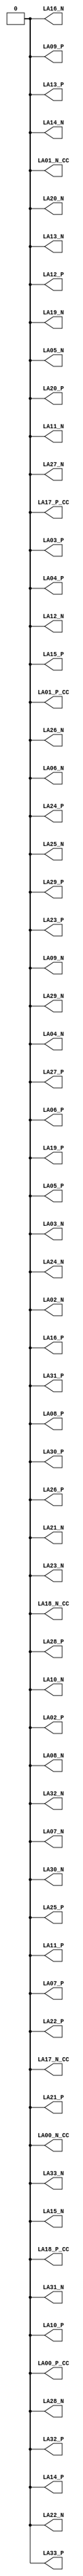
module fmc_lpc (output LA00_N_CC,output LA00_P_CC,output LA01_N_CC,output LA01_P_CC,output LA02_N,output LA02_P,output LA03_N,output LA03_P,output LA04_N,output LA04_P,output LA05_N,output LA05_P,output LA06_N,output LA06_P,output LA07_N,output LA07_P,output LA08_N,output LA08_P,output LA09_N,output LA09_P,output LA10_N,output LA10_P,output LA11_N,output LA11_P,output LA12_N,output LA12_P,output LA13_N,output LA13_P,output LA14_N,output LA14_P,output LA15_N,output LA15_P,output LA16_N,output LA16_P,output LA17_N_CC,output LA17_P_CC,output LA18_N_CC,output LA18_P_CC,output LA19_N,output LA19_P,output LA20_N,output LA20_P,output LA21_N,output LA21_P,output LA22_N,output LA22_P,output LA23_N,output LA23_P,output LA24_N,output LA24_P,output LA25_N,output LA25_P,output LA26_N,output LA26_P,output LA27_N,output LA27_P,output LA28_N,output LA28_P,output LA29_N,output LA29_P,output LA30_N,output LA30_P,output LA31_N,output LA31_P,output LA32_N,output LA32_P,output LA33_N,output LA33_P);
// pin LA00_N_CC is   IO_L13N_T2_MRCC_13 bank  13 bus_bmb7_J106[29]        P21
// pin LA00_P_CC is   IO_L13P_T2_MRCC_13 bank  13 bus_bmb7_J106[50]        R21
// pin LA01_N_CC is   IO_L12N_T1_MRCC_13 bank  13 bus_bmb7_J106[58]        N22
// pin LA01_P_CC is   IO_L12P_T1_MRCC_13 bank  13 bus_bmb7_J106[30]        N21
// pin LA02_N is    IO_L6N_T0_VREF_13 bank  13 bus_bmb7_J106[67]        P25
// pin LA02_P is         IO_L6P_T0_13 bank  13 bus_bmb7_J106[21]        R25
// pin LA03_N is         IO_L2N_T0_13 bank  13 bus_bmb7_J106[31]        P26
// pin LA03_P is         IO_L2P_T0_13 bank  13 bus_bmb7_J106[37]        R26
// pin LA04_N is        IO_L18N_T2_13 bank  13 bus_bmb7_J106[6]        U20
// pin LA04_P is        IO_L18P_T2_13 bank  13 bus_bmb7_J106[59]        U19
// pin LA05_N is        IO_L16N_T2_13 bank  13 bus_bmb7_J106[53]        R20
// pin LA05_P is        IO_L16P_T2_13 bank  13 bus_bmb7_J106[62]        T20
// pin LA06_N is         IO_L5N_T0_13 bank  13 bus_bmb7_J106[8]        M26
// pin LA06_P is         IO_L5P_T0_13 bank  13 bus_bmb7_J106[65]        N26
// pin LA07_N is   IO_L11N_T1_SRCC_13 bank  13 bus_bmb7_J106[64]        N23
// pin LA07_P is   IO_L11P_T1_SRCC_13 bank  13 bus_bmb7_J106[38]        P23
// pin LA08_N is        IO_L17N_T2_13 bank  13 bus_bmb7_J106[26]        T23
// pin LA08_P is        IO_L17P_T2_13 bank  13 bus_bmb7_J106[17]        T22
// pin LA09_N is         IO_L4N_T0_13 bank  13 bus_bmb7_J106[35]        N24
// pin LA09_P is         IO_L4P_T0_13 bank  13 bus_bmb7_J106[7]        P24
// pin LA10_N is     IO_L9N_T1_DQS_13 bank  13 bus_bmb7_J106[44]        P20
// pin LA10_P is     IO_L9P_T1_DQS_13 bank  13 bus_bmb7_J106[24]        P19
// pin LA11_N is        IO_L10N_T1_13 bank  13 bus_bmb7_J106[51]        M22
// pin LA11_P is        IO_L10P_T1_13 bank  13 bus_bmb7_J106[47]        M21
// pin LA12_N is        IO_L24N_T3_13 bank  13 bus_bmb7_J106[63]        P18
// pin LA12_P is        IO_L24P_T3_13 bank  13 bus_bmb7_J106[15]        R18
// pin LA13_N is         IO_L1N_T0_13 bank  13 bus_bmb7_J106[42]        K26
// pin LA13_P is         IO_L1P_T0_13 bank  13 bus_bmb7_J106[36]        K25
// pin LA14_N is        IO_L23N_T3_13 bank  13 bus_bmb7_J106[28]        T17
// pin LA14_P is        IO_L23P_T3_13 bank  13 bus_bmb7_J106[61]        U17
// pin LA15_N is         IO_L8N_T1_13 bank  13 bus_bmb7_J106[16]        L24
// pin LA15_P is         IO_L8P_T1_13 bank  13 bus_bmb7_J106[33]        M24
// pin LA16_N is     IO_L3N_T0_DQS_13 bank  13 bus_bmb7_J106[52]        L25
// pin LA16_P is     IO_L3P_T0_DQS_13 bank  13 bus_bmb7_J106[12]        M25
// pin LA17_N_CC is   IO_L12N_T1_MRCC_14 bank  14 bus_bmb7_J106[4]        E23
// pin LA17_P_CC is   IO_L12P_T1_MRCC_14 bank  14 bus_bmb7_J106[27]        F22
// pin LA18_N_CC is   IO_L13N_T2_MRCC_14 bank  14 bus_bmb7_J106[19]        F23
// pin LA18_P_CC is   IO_L13P_T2_MRCC_14 bank  14 bus_bmb7_J106[0]        G22
// pin LA19_N is IO_L16N_T2_A15_D31_14 bank  14 bus_bmb7_J106[22]        G26
// pin LA19_P is  IO_L16P_T2_CSI_B_14 bank  14 bus_bmb7_J106[46]        G25
// pin LA20_N is IO_L18N_T2_A11_D27_14 bank  14 bus_bmb7_J106[45]        H26
// pin LA20_P is IO_L18P_T2_A12_D28_14 bank  14 bus_bmb7_J106[34]        J26
// pin LA21_N is IO_L19N_T3_A09_D25_VREF_14 bank  14 bus_bmb7_J106[60]        G21
// pin LA21_P is IO_L19P_T3_A10_D26_14 bank  14 bus_bmb7_J106[13]        H21
// pin LA22_N is IO_L20N_T3_A07_D23_14 bank  14 bus_bmb7_J106[11]        H24
// pin LA22_P is IO_L20P_T3_A08_D24_14 bank  14 bus_bmb7_J106[3]        H23
// pin LA23_N is   IO_L14N_T2_SRCC_14 bank  14 bus_bmb7_J106[57]        F24
// pin LA23_P is   IO_L14P_T2_SRCC_14 bank  14 bus_bmb7_J106[32]        G24
// pin LA24_N is IO_L6N_T0_D08_VREF_14 bank  14 bus_bmb7_J106[48]        C24
// pin LA24_P is   IO_L6P_T0_FCS_B_14 bank  14 bus_bmb7_J106[40]        C23
// pin LA25_N is     IO_L5N_T0_D07_14 bank  14 bus_bmb7_J106[14]        C26
// pin LA25_P is     IO_L5P_T0_D06_14 bank  14 bus_bmb7_J106[5]        D26
// pin LA26_N is IO_L15N_T2_DQS_DOUT_CSO_B_14 bank  14 bus_bmb7_J106[20]        D25
// pin LA26_P is IO_L15P_T2_DQS_RDWR_B_14 bank  14 bus_bmb7_J106[2]        E25
// pin LA27_N is IO_L9N_T1_DQS_D13_14 bank  14 bus_bmb7_J106[39]        E22
// pin LA27_P is     IO_L9P_T1_DQS_14 bank  14 bus_bmb7_J106[54]        E21
// pin LA28_N is     IO_L4N_T0_D05_14 bank  14 bus_bmb7_J106[55]        A24
// pin LA28_P is     IO_L4P_T0_D04_14 bank  14 bus_bmb7_J106[25]        A23
// pin LA29_N is IO_L1N_T0_D01_DIN_14 bank  14 bus_bmb7_J106[66]        A25
// pin LA29_P is IO_L1P_T0_D00_MOSI_14 bank  14 bus_bmb7_J106[18]        B24
// pin LA30_N is     IO_L2N_T0_D03_14 bank  14 bus_bmb7_J106[56]        A22
// pin LA30_P is     IO_L2P_T0_D02_14 bank  14 bus_bmb7_J106[43]        B22
// pin LA31_N is     IO_L7N_T1_D10_14 bank  14 bus_bmb7_J106[49]        C22
// pin LA31_P is     IO_L7P_T1_D09_14 bank  14 bus_bmb7_J106[23]        D21
// pin LA32_N is     IO_L8N_T1_D12_14 bank  14 bus_bmb7_J106[9]        A20
// pin LA32_P is     IO_L8P_T1_D11_14 bank  14 bus_bmb7_J106[10]        B20
// pin LA33_N is    IO_L10N_T1_D15_14 bank  14 bus_bmb7_J106[1]        B21
// pin LA33_P is    IO_L10P_T1_D14_14 bank  14 bus_bmb7_J106[41]        C21
assign LA00_N_CC=0;
assign LA00_P_CC=0;
assign LA01_N_CC=0;
assign LA01_P_CC=0;
assign LA02_N=0;
assign LA02_P=0;
assign LA03_N=0;
assign LA03_P=0;
assign LA04_N=0;
assign LA04_P=0;
assign LA05_N=0;
assign LA05_P=0;
assign LA06_N=0;
assign LA06_P=0;
assign LA07_N=0;
assign LA07_P=0;
assign LA08_N=0;
assign LA08_P=0;
assign LA09_N=0;
assign LA09_P=0;
assign LA10_N=0;
assign LA10_P=0;
assign LA11_N=0;
assign LA11_P=0;
assign LA12_N=0;
assign LA12_P=0;
assign LA13_N=0;
assign LA13_P=0;
assign LA14_N=0;
assign LA14_P=0;
assign LA15_N=0;
assign LA15_P=0;
assign LA16_N=0;
assign LA16_P=0;
assign LA17_N_CC=0;
assign LA17_P_CC=0;
assign LA18_N_CC=0;
assign LA18_P_CC=0;
assign LA19_N=0;
assign LA19_P=0;
assign LA20_N=0;
assign LA20_P=0;
assign LA21_N=0;
assign LA21_P=0;
assign LA22_N=0;
assign LA22_P=0;
assign LA23_N=0;
assign LA23_P=0;
assign LA24_N=0;
assign LA24_P=0;
assign LA25_N=0;
assign LA25_P=0;
assign LA26_N=0;
assign LA26_P=0;
assign LA27_N=0;
assign LA27_P=0;
assign LA28_N=0;
assign LA28_P=0;
assign LA29_N=0;
assign LA29_P=0;
assign LA30_N=0;
assign LA30_P=0;
assign LA31_N=0;
assign LA31_P=0;
assign LA32_N=0;
assign LA32_P=0;
assign LA33_N=0;
assign LA33_P=0;

endmodule